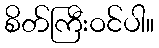
စိတ်ကြီးဝင်ပါ။